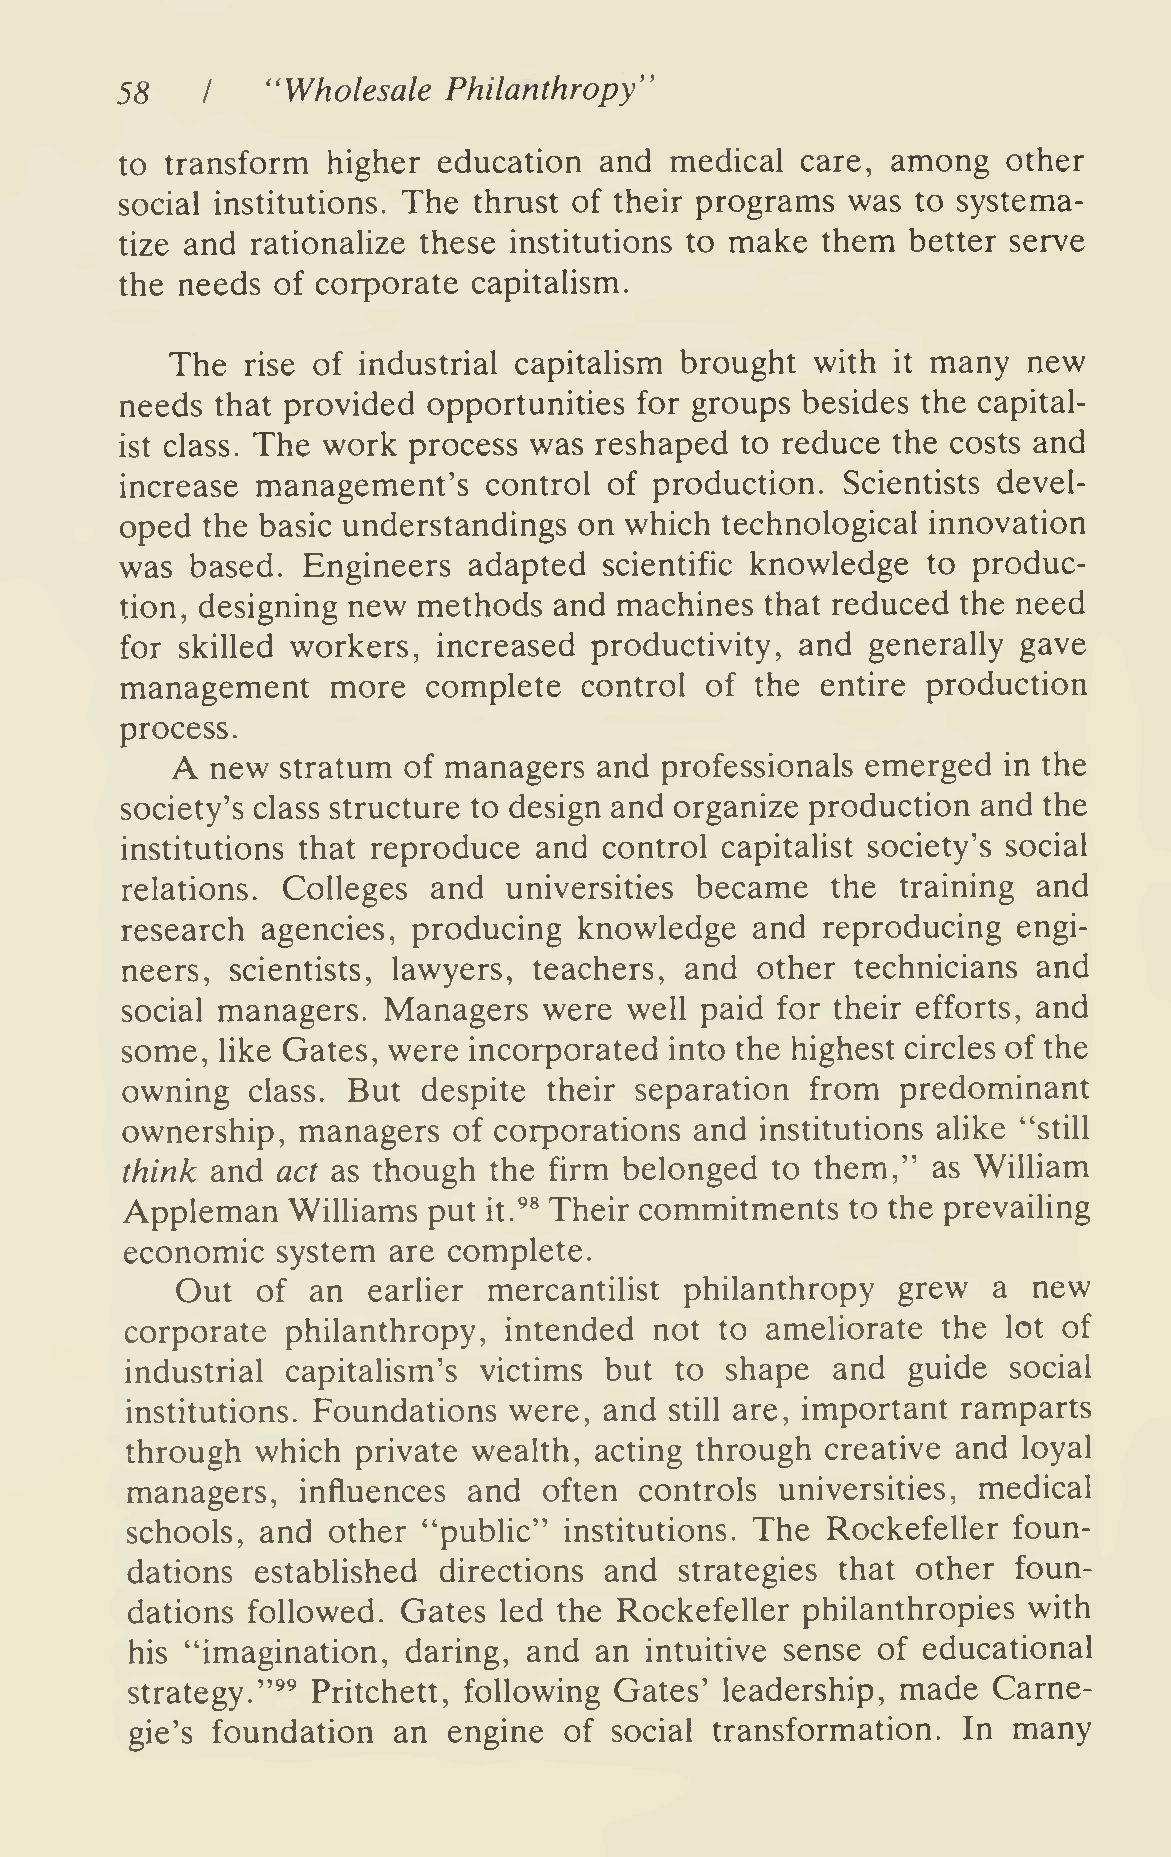
58        "Wholesale Philanthropy"
 I
 to transform  higher education  and medical  care, among   other
 social institutions. The thrust of their programs was to systema-
 tize and rationalize these institutions to make them better serve
 the needs of corporate capitalism.
 The  rise of industrial capitalism brought with it many  new
 needs that provided opportunities for groups besides the capital-
 ist class. The work process was reshaped to reduce the costs and
 increase management's   control of production.  Scientists devel-
 oped the basic understandings on which  technological innovation
 was  based. Engineers  adapted  scientific knowledge to produc-
 tion, designing new methods  and machines  that reduced the need
 for skilled workers, increased productivity, and  generally gave
 management    more  complete  control  of the entire production
 process.
 A
 new  stratum of managers  and professionals emerged in the
 society's class structure to design and organize production and the
 institutions that reproduce and control capitalist society's social
 relations. Colleges  and  universities became  the  training and
 research agencies, producing  knowledge   and reproducing  engi-
 neers, scientists, lawyers, teachers, and other  technicians and
 social managers. Managers   were  well paid for their efforts, and
 some, like Gates, were incorporated into the highest circles of the
 owning   class. But despite their separation  from  predominant
 ownership,  managers  of corporations and institutions alike "still
 think and act as though the firm belonged  to them,"  as William
 Appleman   WiUiams  put     Their commitments   to the prevailing
 it.^*
 economic  system  are complete.
 Out  of  an earlier mercantilist philanthropy  grew   a new
 corporate  philanthropy, intended  not  to ameliorate the  lot of
 industrial capitalism's victims but  to shape  and  guide  social
 institutions. Foundations were, and still are, important ramparts
 through  which  private wealth, acting through creative and loyal
 managers,   influences and  often controls  universities, medical
 schools, and  other "public" institutions. The Rockefeller foun-
 dations  established directions and  strategies that other foun-
 dations followed.  Gates led the Rockefeller philanthropies with
 his "imagination,  daring, and an  intuitive sense of educational
 strategy. "^^ Pritchett, following Gates' leadership, made Carne-
 many
 gie's foundation an  engine of  social transformation. In